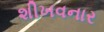
શીખવનાર